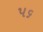
પ૬